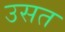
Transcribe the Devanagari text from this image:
उसत